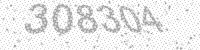
Solution: 308304